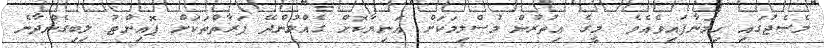
މެސެޖުގައި ހިމަނާފައިވެއެވެ. މީގެ އިތުރުން މުސްލިމަކަށް އަނިޔާކޮށް ގެއްލުންދޭ ފަރާތްތަކަށް ޕޮއިންޓު ލިބިގެންދާނެ